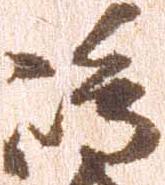
嶋